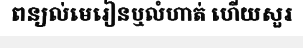
ពន្យល់មេរៀនឬលំហាត់ ហើយសួរ